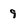
Character: 9